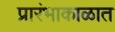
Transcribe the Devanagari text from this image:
प्रारंभाकाळात